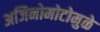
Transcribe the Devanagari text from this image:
अजिनोमोटोमुळे